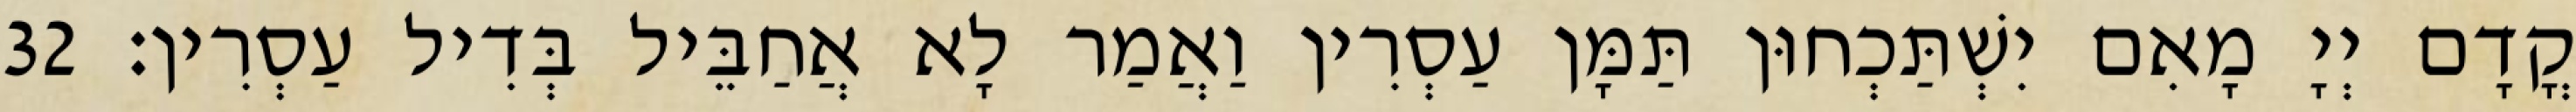
קֳדָם יְיָ מָאִם יִשְׁתַּכְחוּן תַּמָּן עַסְרִין וַאֲמַר לָא אֲחַבֵּיל בְּדִיל עַסְרִין׃ 32